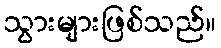
သွားများဖြစ်သည်။